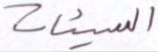
السيئات